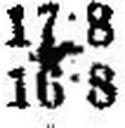
16·8